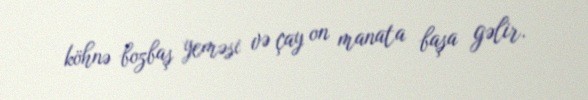
köhnə bozbaş yeməsi və çay on manata başa gəlir.